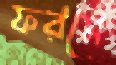
ফরমে